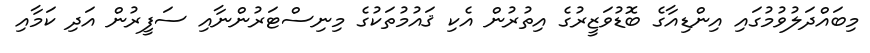
މިބައްދަލުވުމުގައި އިންޑިއާގެ ބޮޑުވަޒީރުގެ އިތުރުން އެކި ޤައުމުތަކުގެ މިނިސްޓަރުންނާއި ސަފީރުން އަދި ކަމާއި